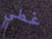
غطي